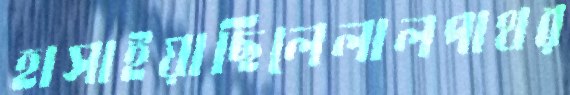
হাসাইয়াছিলেলালপাথর